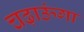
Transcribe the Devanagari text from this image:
चढ़ाऊंगा